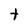
Character: t